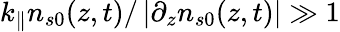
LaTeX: k_{\parallel}n_{s0}(z,t)/\left|\partial_{z}n_{s0}(z,t)\right|\gg 1